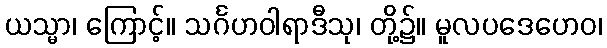
ယသ္မာ၊ ကြောင့်။ သင်္ဂဟဝါရာဒီသု၊ တို့၌။ မူလပဒေဟေဝ၊